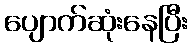
ပျောက်ဆုံးနေပြီး